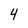
Character: 4